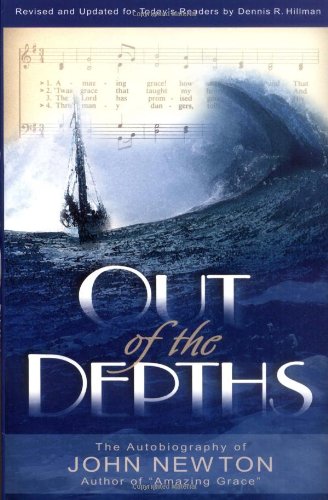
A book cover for Out of the Depths; John Newton; Christian Books & Bibles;